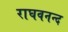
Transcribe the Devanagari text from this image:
राघवनन्द